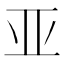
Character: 亚